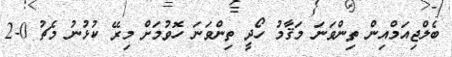
ބެލްޖިއަމްއިން ތިންވަނަ މަޤާމު ހޯދީ ތިންވަނަ ހޮވުމަށް މިރޭ ކުޅުނު މެޗު 0-2